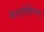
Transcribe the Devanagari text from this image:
मेगालोबैटेकस